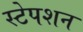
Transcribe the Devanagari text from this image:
स्‍टेपशन